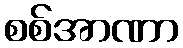
စစ်အာဏာ